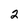
Character: 2